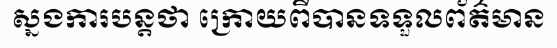
ស្នងការបន្តថា ក្រោយពីបានទទួលព័ត៌មាន